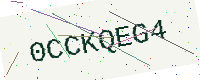
Text: 0CCKQEG4